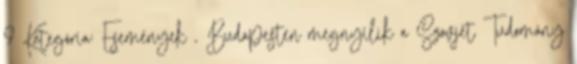
9 Kategória: Események , Budapesten megnyílik a Szovjet Tudomány